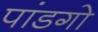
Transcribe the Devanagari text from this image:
पांडगो